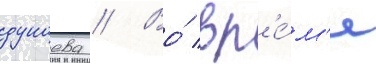
дунаева // Во́ вр'е́м'я